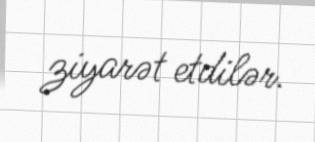
ziyarət etdilər.